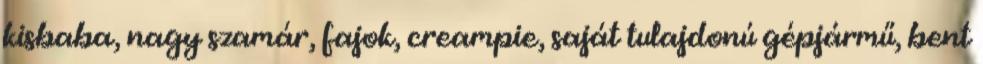
kisbaba, nagy szamár, fajok, creampie, saját tulajdonú gépjármű, bent